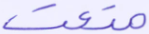
متعت